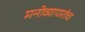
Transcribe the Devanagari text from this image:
मनोव्यापारांचा